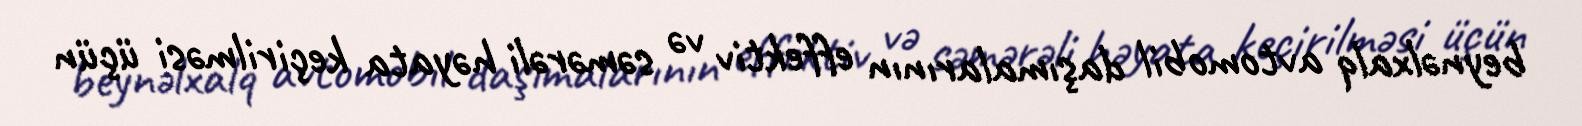
beynəlxalq avtomobil daşımalarının effektiv və səmərəli həyata keçirilməsi üçün